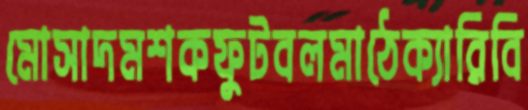
মোসাদমশকফুটবলমাঠেক্যারিবি